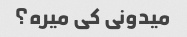
میدونی کی میره؟